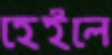
হেইলে